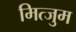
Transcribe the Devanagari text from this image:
मित्जुम